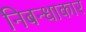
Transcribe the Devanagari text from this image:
निबन्धाकार